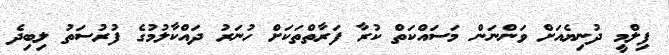
ފިލްމީ ދުނިޔެއަށް ވަންނަން މަސައްކަތް ކުރާ ފަރާތްތަކަށް ހުނަރު ދައްކާލުމުގެ ފުރުސަތު ލިބިދެ